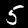
Digit: 5